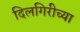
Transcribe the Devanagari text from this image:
दिलगिरीच्या